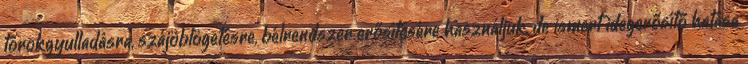
torokgyulladásra, szájöblögetésre, bélrendszer erősítésére használjuk, de ismert idegerősítő hatása